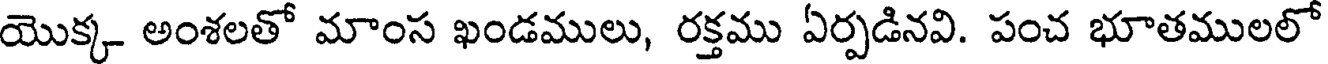
యొక్క అంశలతో మాంస ఖండములు, రక్తము ఏర్పడినవి. పంచ భూతములలో